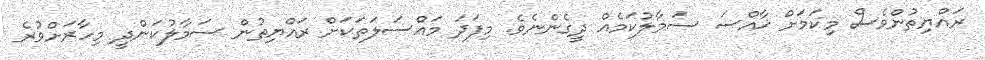
ރައްޔިތުންވެސް މިކަމަށް ޚާއްސަ ސަމާލުކަމެއް ދީގެންނެވެ. މިފަދަ މައްސަލަތަކަށް ރައްޔިތުން ސަމާލުކަންދީ މިހާރަށްވުރެ